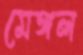
মেঙ্গল